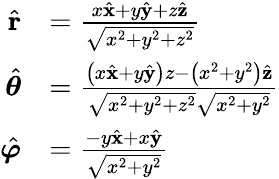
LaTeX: {\begin{array}{rl}{{\hat{\mathbf{r}}}}&{={\frac{x{\hat{\mathbf{x}}}+y{\hat{\mathbf{y}}}+z{\hat{\mathbf{z}}}}{\sqrt{x^{2}+y^{2}+z^{2}}}}}\\ {{\hat{\boldsymbol{\theta}}}}&{={\frac{\left(x{\hat{\mathbf{x}}}+y{\hat{\mathbf{y}}}\right)z-\left(x^{2}+y^{2}\right){\hat{\mathbf{z}}}}{{\sqrt{x^{2}+y^{2}+z^{2}}}{\sqrt{x^{2}+y^{2}}}}}}\\ {{\hat{\boldsymbol{\varphi}}}}&{={\frac{-y{\hat{\mathbf{x}}}+x{\hat{\mathbf{y}}}}{\sqrt{x^{2}+y^{2}}}}}\end{array}}